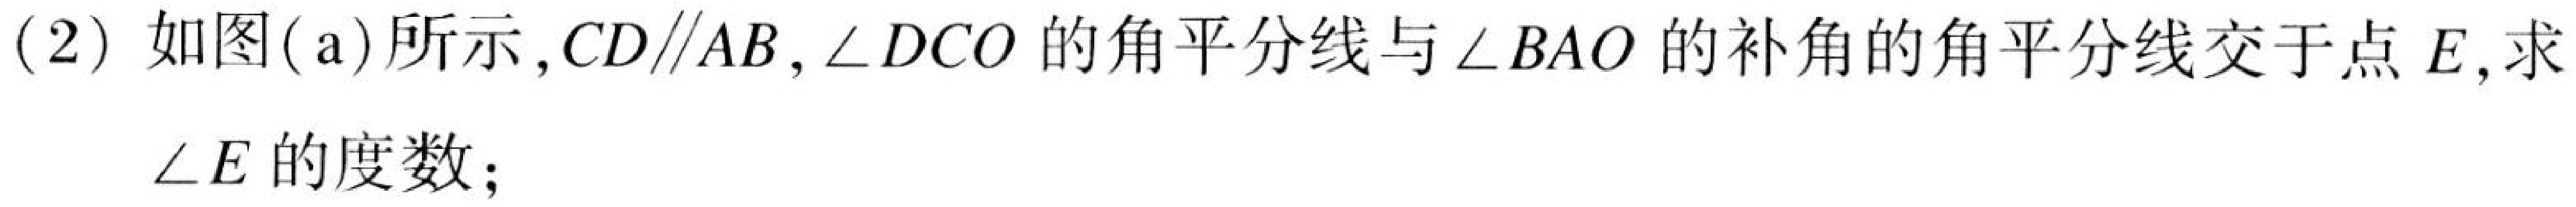
(2) 如图(a)所示，\(CD\parallel AB\)，\(\angle DCO\)的角平分线与\(\angle BAO\)的补角的角平分线交于点\(E\)，求
\(\angle E\)的度数；